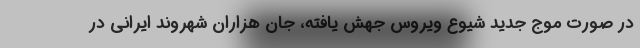
در صورت موج جدید شیوع ویروس جهش یافته، جان هزاران شهروند ایرانی در